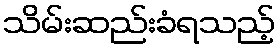
သိမ်းဆည်းခံရသည့်